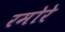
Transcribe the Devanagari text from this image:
रमोरे